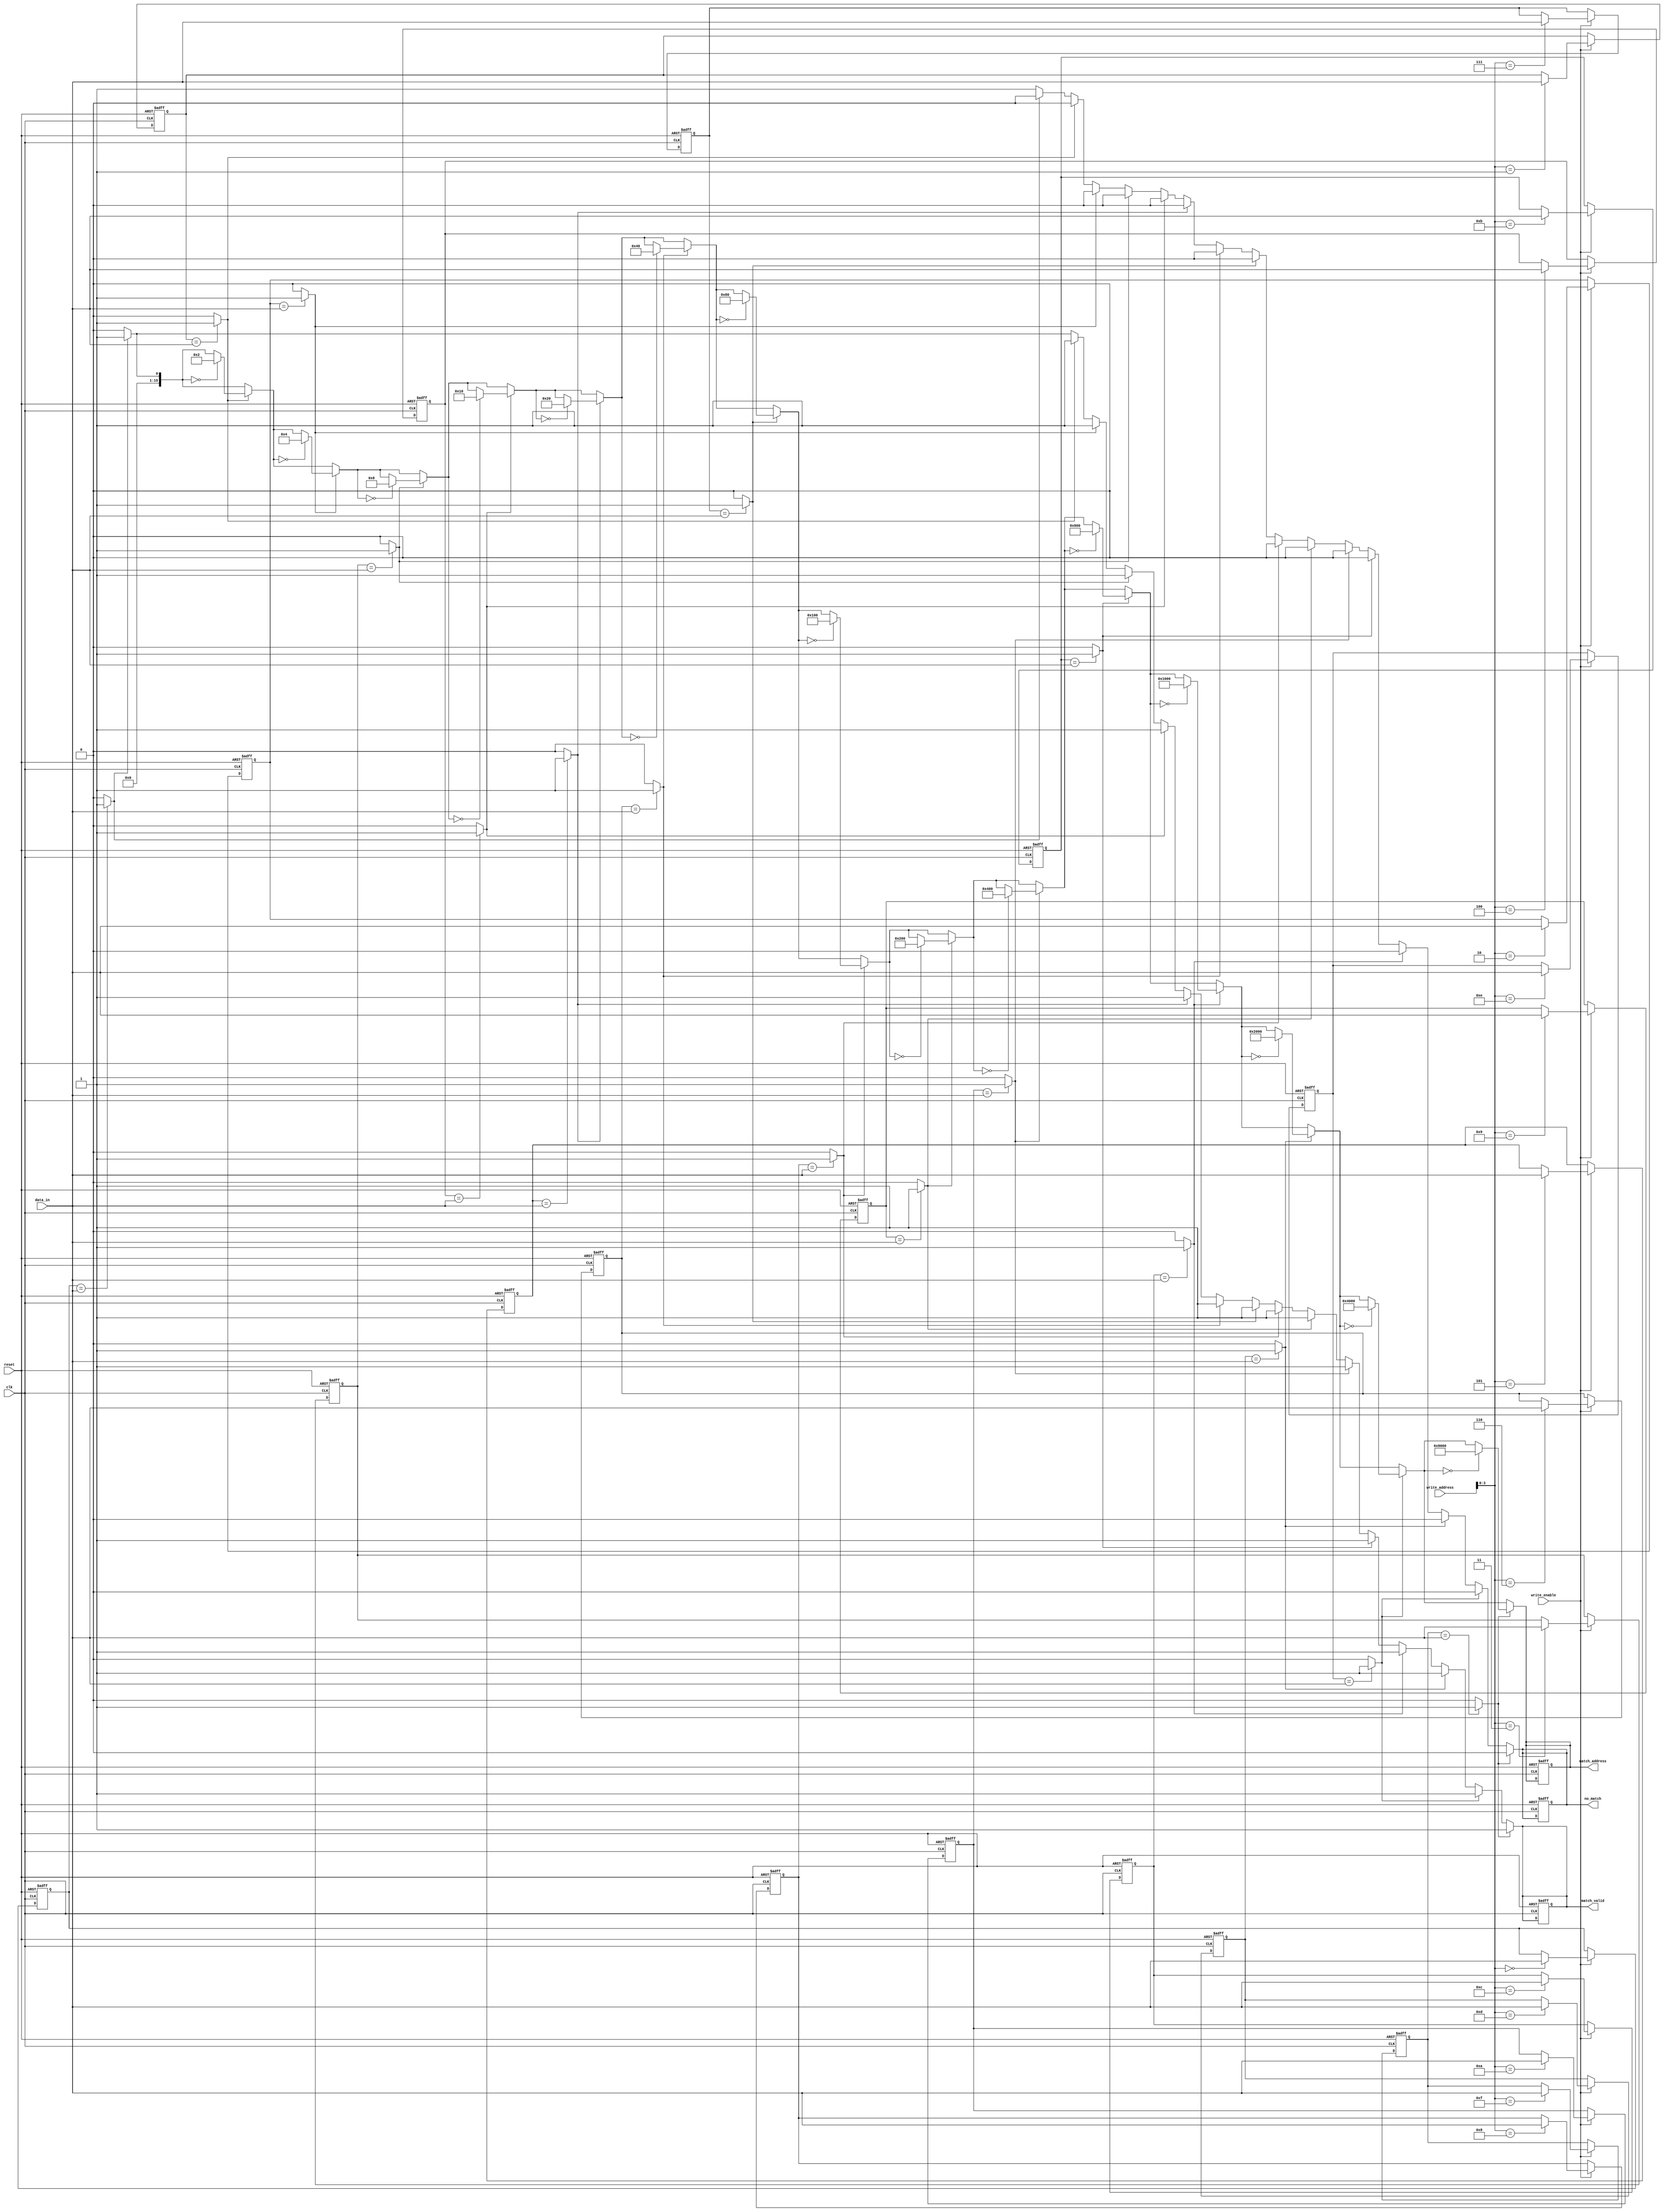
module BCAM #(
    parameter DATA_WIDTH = 8,  // Width of the binary data
    parameter NUM_ROWS = 16     // Number of rows in the memory array
)(
    input wire clk,                  // Clock signal
    input wire reset,                // Reset signal
    input wire [DATA_WIDTH-1:0] data_in, // Input data for comparison
    input wire write_enable,         // Write enable signal
    input wire [NUM_ROWS-1:0] write_address, // Address to write data
    output reg [NUM_ROWS-1:0] match_address, // Address of matched entry
    output reg match_valid,          // Match valid signal
    output reg no_match              // No match signal
);

    // Memory array declaration
    reg [DATA_WIDTH-1:0] memory_array [0:NUM_ROWS-1];

    // Match logic
    wire [NUM_ROWS-1:0] match_signals;
    integer i;

    // Write operation
    always @(posedge clk or posedge reset) begin
        if (reset) begin
            // Initialize memory to zero on reset
            for (i = 0; i < NUM_ROWS; i = i + 1) begin
                memory_array[i] <= {DATA_WIDTH{1'b0}};
            end
            match_address <= {NUM_ROWS{1'b0}};
            match_valid <= 1'b0;
            no_match <= 1'b1;
        end else if (write_enable) begin
            // Write data to the specified address
            memory_array[write_address] <= data_in;
        end
    end

    // Match logic: Compare input data against all rows
    always @(*) begin
        match_valid = 1'b0;
        no_match = 1'b1;
        match_address = {NUM_ROWS{1'b0}};
        
        for (i = 0; i < NUM_ROWS; i = i + 1) begin
            match_signals[i] = (memory_array[i] == data_in) ? 1'b1 : 1'b0;
            if (match_signals[i]) begin
                match_valid = 1'b1;
                no_match = 1'b0;
                match_address = (match_address == {NUM_ROWS{1'b0}}) ? (1 << i) : match_address; // First match
            end
        end
    end

endmodule